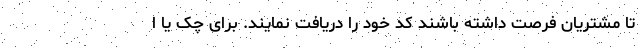
تا مشتریان فرصت داشته باشند کد خود را دریافت نمایند. برای چک یا ا